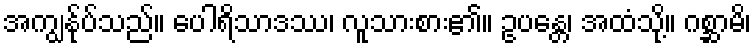
အကျွန်ုပ်သည်။ ပေါရိသာဒဿ၊ လူသားစား၏။ ဥပန္တေ၊ အထံသို့။ ဂစ္ဆာမိ၊